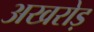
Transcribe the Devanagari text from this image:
अखरोड़